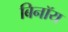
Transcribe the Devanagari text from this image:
बिनॉय